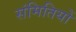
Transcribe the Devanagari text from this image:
संमितियों